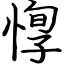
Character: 惸